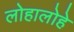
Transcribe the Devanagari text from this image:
लोहालोहे